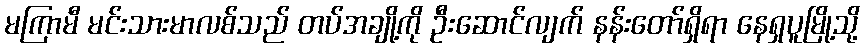
မကြာမီ မင်းသားမာလစ်သည် တပ်အချို့ကို ဦးဆောင်လျက် နန်းတော်ရှိရာ နေရှပူမြို့သို့